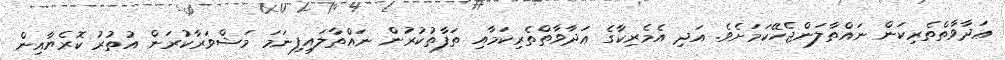
ޢަދާވާތްތެރިކަން ނައްތާލަންޖެހޭކަމަށެވެ. އަދި އެމެރިކާގެ ޢަދާވާތްތެރިކަމާއި ތަފާތުކުރުން ނައްތާލައިފިނަމަ މަޝްވަރާކުރަން އުތުރު ކޮރެޔާއިން